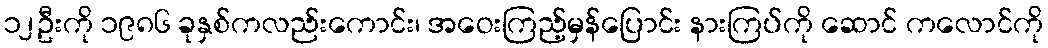
၁၂ဦးကို ၁၉၈၆ ခုနှစ်ကလည်းကောင်း၊ အဝေးကြည့်မှန်ပြောင်း နားကြပ်ကို ဆောင် ကလောင်ကို